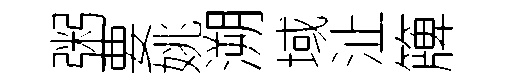
粥要姚溯域沚簰